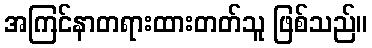
အကြင်နာတရားထားတတ်သူ ဖြစ်သည်။